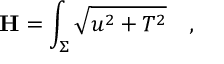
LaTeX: { \bf H } = \int _ { \Sigma } \sqrt { u ^ { 2 } + T ^ { 2 } } \quad ,